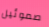
صموئيل